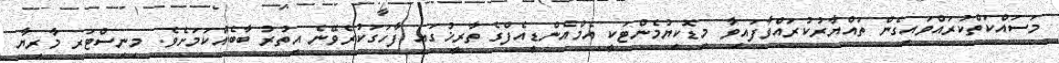
މަސައްކަތްކުރައްވައިގެން ތައްޔާރުކުރައްވާފައިވާ މިޑޮކިޔުމެންޓަކީ އެމްއެންޑީއެފްގެ ތާރީޚުގައި ފާހަގަކުރެވޭނެ އިތުރު ބާބެއްކަމަށެވެ. މިނިސްޓަރ މާރިޔާ